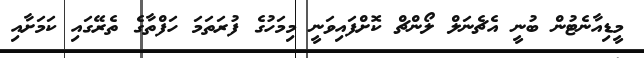
މީޑިއާނެޓުން ބުނީ އެޗެނަލް ލޯންޗް ކޮށްފައިވަނީ މިމަހުގެ ފުރަތަމަ ހަފްތާގެ ތެރޭގައި ކަމަށާއި